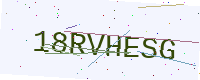
Text: 18RVHESG